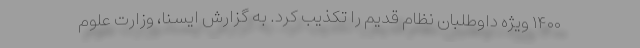
۱۴۰۰ ویژه داوطلبان نظام قدیم را تکذیب کرد. به گزارش ایسنا، وزارت علوم